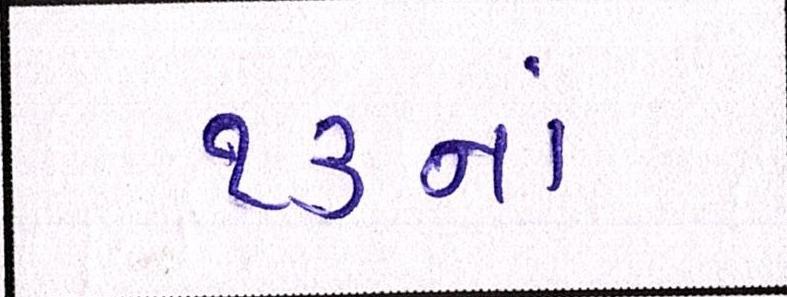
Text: ૧૩નાં